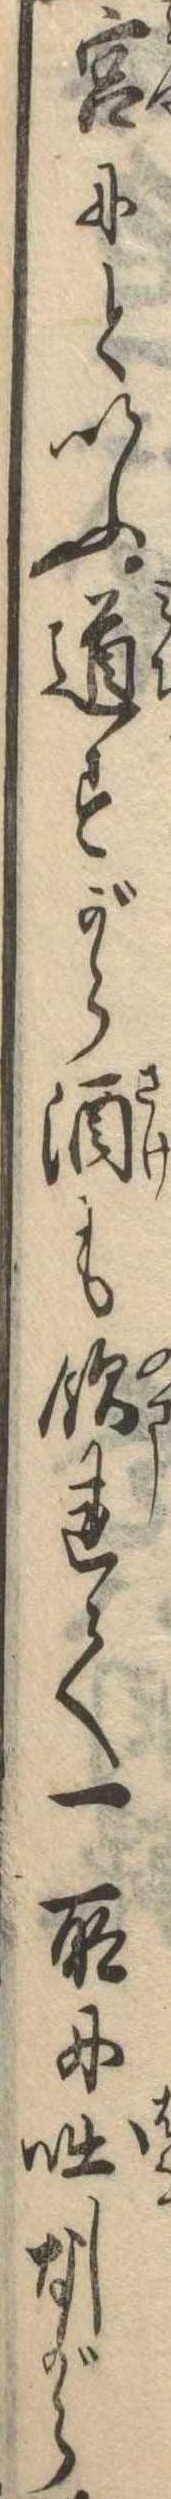
宮にといふ道すがら酒も飲れて一所に咄しながら